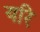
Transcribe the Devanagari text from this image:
यरि